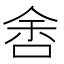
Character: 𱒱